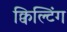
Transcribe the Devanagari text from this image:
क्विल्टिंग